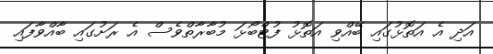
އަދި އެ އަތޮޅުގައި ބޭއްވި އަތޮޅު ފުޓްބޯޅަ މުބާރާތްވެސް އެ ރަށުގައި ބާއްވާފައި